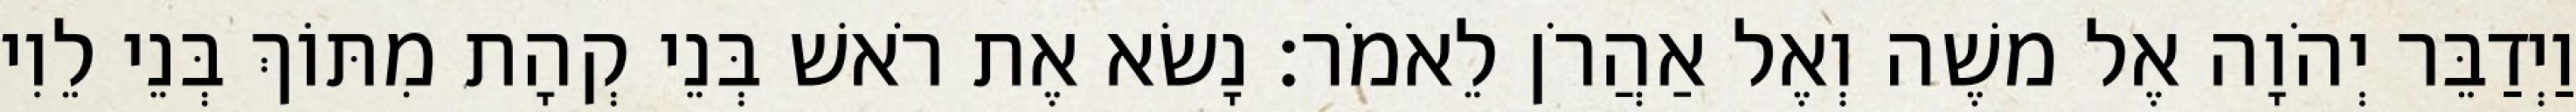
וַיְדַבֵּר יְהֹוָה אֶל משֶׁה וְאֶל אַהֲרֹן לֵאמֹר׃ נָשׂא אֶת רֹאשׁ בְּנֵי קְהָת מִתּוֹךְ בְּנֵי לֵוִי